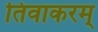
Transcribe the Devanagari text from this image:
तिवाकरम्